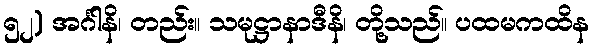
၅၂) အင်္ဂါနိ၊ တည်း။ သမုဋ္ဌာနာဒီနိ၊ တို့သည်။ ပထမကထိန